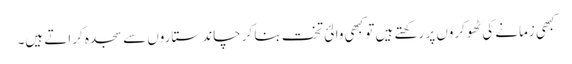
کبھی زمانے کی ٹھوکروں پر رکھتے ہیں تو کبھی والئ تخت بنا کر چاند ستاروں سے سجدہ کراتے ہیں۔